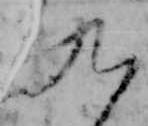
九